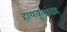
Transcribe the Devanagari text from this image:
हायकूसंग्रह